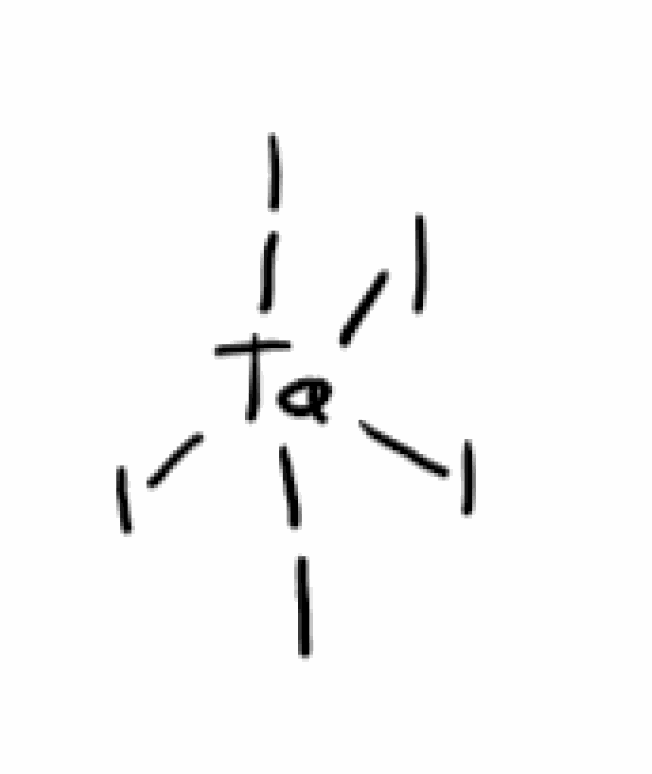
Simplified molecular-input line-entry system (SMILES) notation of the given molecule:
I[Ta](I)(I)(I)I